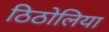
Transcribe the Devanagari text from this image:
ठिठोलिया